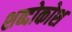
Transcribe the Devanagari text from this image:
शब्दोकोश